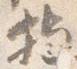
持